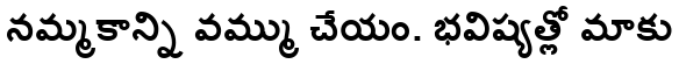
నమ్మకాన్ని వమ్ము చేయం. భవిష్యత్లో మాకు